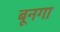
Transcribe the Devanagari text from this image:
बूनगा